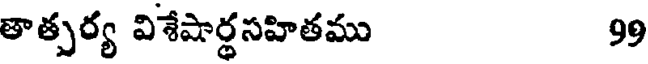
తాత్పర్య విశేషార్థసహితము 99